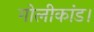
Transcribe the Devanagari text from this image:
गोलीकांड।